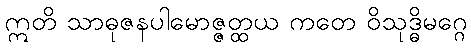
ဣတိ သာဓုဇနပါမောဇ္ဇတ္ထယ ကတေ ဝိသုဒ္ဓိမဂ္ဂေ